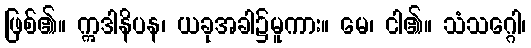
ဖြစ်၏။ ဣဒါနိပန၊ ယခုအခါ၌မူကား။ မေ၊ ငါ၏။ သံသဂ္ဂေါ၊